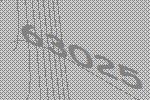
63025